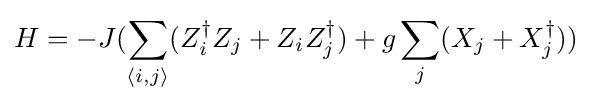
H=-J(\sum _{\langle i,j\rangle }(Z_{i}^{\dagger }Z_{j}+Z_{i}Z_{j}^{\dagger })+g\sum _{j}(X_{j}+X_{j}^{\dagger }))